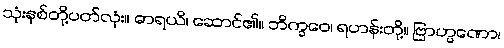
သုံးနှစ်တို့ပတ်လုံး။ ဓာရယိ၊ ဆောင်၏။ ဘိက္ခဝေ၊ ရဟန်းတို့။ ဗြာဟ္မဏော၊